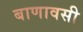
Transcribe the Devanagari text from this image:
बाणावसी